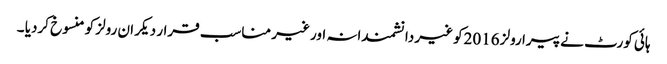
ہائی کورٹ نے پیرا رولز 2016کو غیر دانشمندانہ اور غیر مناسب قرار دیکر ان رولز کو منسوخ کردیا ۔